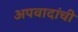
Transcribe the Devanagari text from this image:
अपवादांची